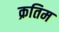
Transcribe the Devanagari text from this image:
क्रतिम